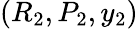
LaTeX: (R_{2},P_{2},y_{2})